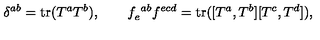
\delta ^ { a b } = \mathrm { t r } ( T ^ { a } T ^ { b } ) , \qquad f _ { e } ^ { \ a b } f ^ { e c d } = \mathrm { t r } ( [ T ^ { a } , T ^ { b } ] [ T ^ { c } , T ^ { d } ] ) ,